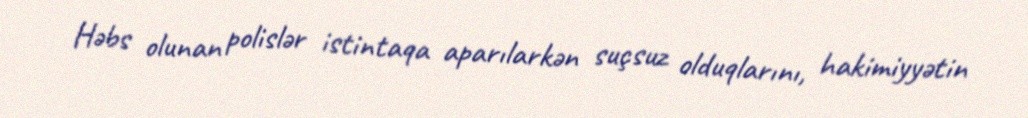
Həbs olunan polislər istintaqa aparılarkən suçsuz olduqlarını, hakimiyyətin